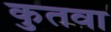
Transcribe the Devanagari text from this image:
कुतवा